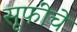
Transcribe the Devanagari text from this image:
सूफींचे